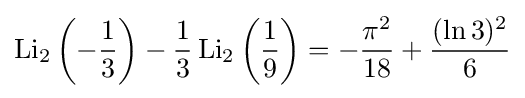
\operatorname {Li} _{2}\left(-{\frac {1}{3}}\right)-{\frac {1}{3}}\operatorname {Li} _{2}\left({\frac {1}{9}}\right)=-{\frac {{\pi }^{2}}{18}}+{\frac {(\ln 3)^{2}}{6}}